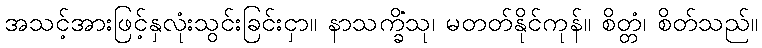
အသင့်အားဖြင့်နှလုံးသွင်းခြင်းငှာ။ နာသက္ခိံသု၊ မတတ်နိုင်ကုန်။ စိတ္တံ၊ စိတ်သည်။